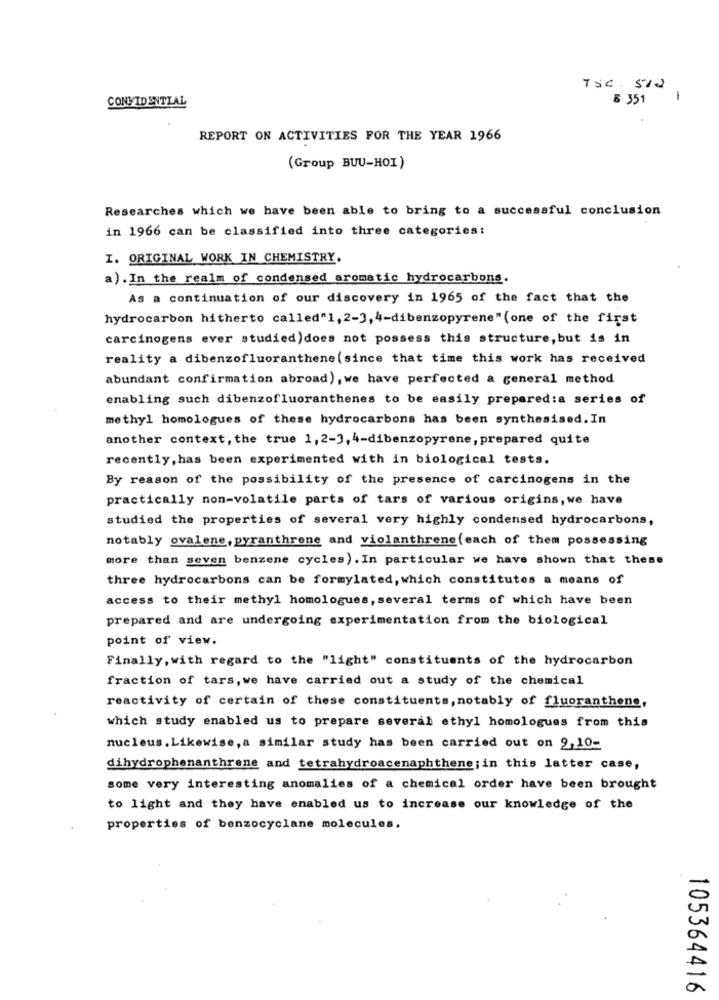
TSC. 512
CONFIDENTIAL
6 351
1
REPORT ON ACTIVITIES FOR THE YEAR 1966
(Group BUU-HOI)
Researches which we have been able to bring to a successful conclusion
in 1966 can be classified into three categories:
I. ORIGINAL WORK IN CHEMISTRY.
a). In the realm of condensed aromatic hydrocarbons.
As a continuation of our discovery in 1965 of the fact that the
hydrocarbon hitherto called"1, 2-3, 4-dibenzopyrene" (one of the first
carcinogens ever studied)does not possess this structure, but is in
reality a dibenzofluoranthene (since that time this work has received
abundant confirmation abroad), we have perfected a general method
enabling such dibenzofluoranthenes to be easily prepared:a series of
methyl homologues of these hydrocarbons has been synthesised. In
another context, the true 1, 2-3, 4-dibenzopyrene, prepared quite
recently, has been experimented with in biological tests.
By reason of the possibility of the presence of carcinogens in the
practically non-volatile parts of tars of various origins, we have
studied the properties of several very highly condensed hydrocarbons,
notably ovalene, pyranthrone and violanthrene (each of them possessing
more than seven benzene cycles). In particular we have shown that these
three hydrocarbons can be formylated, which constitutes a means of
access to their methyl homologues, several terms of which have been
prepared and are undergoing experimentation from the biological
point of view.
Finally, with regard to the "light" constituents of the hydrocarbon
fraction of tars, we have carried out a study of the chemical
reactivity of certain of these constituents, notably of fluoranthene,
which study enabled us to prepare several ethyl homologues from this
nucleus.Likewise, a similar study has been carried out on 9,10-
dihydrophenanthrene and tetrahydroacenaphthene; in this latter case,
some very interesting anomalies of a chemical order have been brought
to light and they have enabled us to increase our knowledge of the
properties of benzocyclane molecules.
105364416